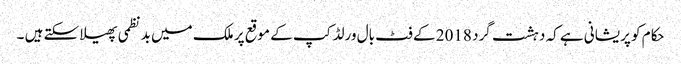
حکام کو پریشانی ہے کہ دہشت گرد 2018 کے فٹ بال ورلڈ کپ کے موقع پر ملک میں بد نظمی پھیلا سکتے ہیں ۔